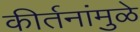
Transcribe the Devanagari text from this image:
कीर्तनांमुळे